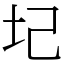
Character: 圮